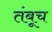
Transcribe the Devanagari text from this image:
तंबूच